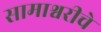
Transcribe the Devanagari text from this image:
सामाश्वरीचे